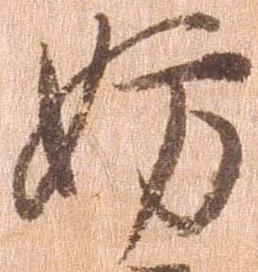
妨